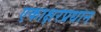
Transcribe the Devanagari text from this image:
एकाक्षरप्रधान